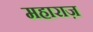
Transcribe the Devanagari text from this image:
महाराज़